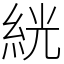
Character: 絖